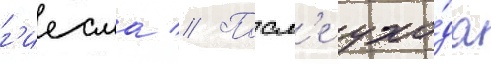
г'иесма // Посл'е ухо́да